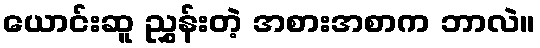
ယောင်းဆူ ညွှန်းတဲ့ အစားအစာက ဘာလဲ။